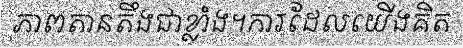
ភាពតានតឹងជាខ្លាំង។ការដែលយើងគិត